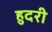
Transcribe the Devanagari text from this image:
हुदरी